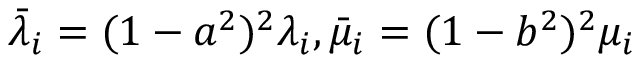
\bar { \lambda } _ { i } = ( 1 - a ^ { 2 } ) ^ { 2 } \lambda _ { i } , \bar { \mu } _ { i } = ( 1 - b ^ { 2 } ) ^ { 2 } \mu _ { i }